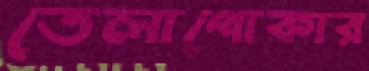
তেলাপোকার